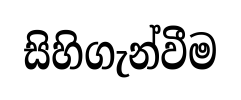
සිහිගැන්වීම